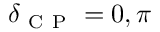
\delta _ { \mathrm { ~ C ~ P ~ } } = 0 , \pi